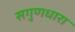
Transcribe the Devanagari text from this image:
सगुणधारा